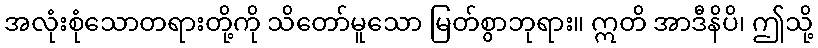
အလုံးစုံသောတရားတို့ကို သိတော်မူသော မြတ်စွာဘုရား။ ဣတိ အာဒီနိပိ၊ ဤသို့